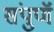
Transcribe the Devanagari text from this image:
संपुणॅ